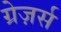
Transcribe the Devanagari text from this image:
ग्रेज़र्स